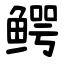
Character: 鳄